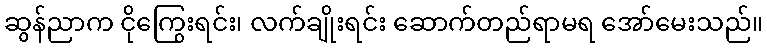
ဆွန်ညာက ငိုကြွေးရင်း၊ လက်ချိုးရင်း ဆောက်တည်ရာမရ အော်မေးသည်။